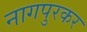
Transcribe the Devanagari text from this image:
नागपुरकर